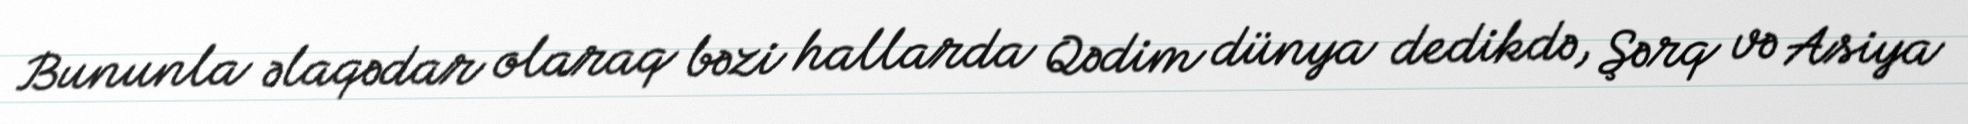
Bununla əlaqədar olaraq bəzi hallarda Qədim dünya dedikdə, Şərq və Asiya